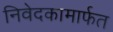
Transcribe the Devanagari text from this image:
निवेदकामार्फत